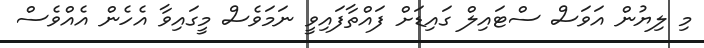
މި ލިޔުން އަވަސް ސްޓައިލް ގައިޑަށް ފައްތާފައިވީ ނަމަވެސް މީގައިވާ އެހެން އެއްވެސް